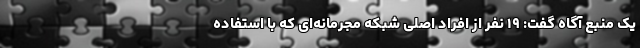
یک منبع آگاه گفت: ۱۹ نفر از افراد اصلی شبکه مجرمانه‌ای که با استفاده